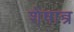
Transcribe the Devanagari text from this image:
शेषान्त्र